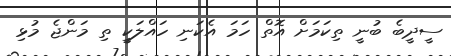
ސީދީބެ ބުނީ ތިކަމަށް އޮތް ހަމަ އެކަނި ހައްލަކީ ތި މަންޖެ މުޅި